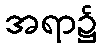
အရာ၌